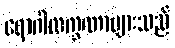
ရောဂါလက္ခဏာများသည်